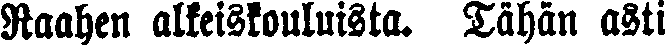
Raahen alkeiskouluista. Tähän asti